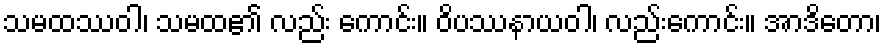
သမထဿဝါ၊ သမထ၏ လည်း ကောင်း။ ဝိပဿနာယဝါ၊ လည်းကောင်း။ အာဒိတော၊